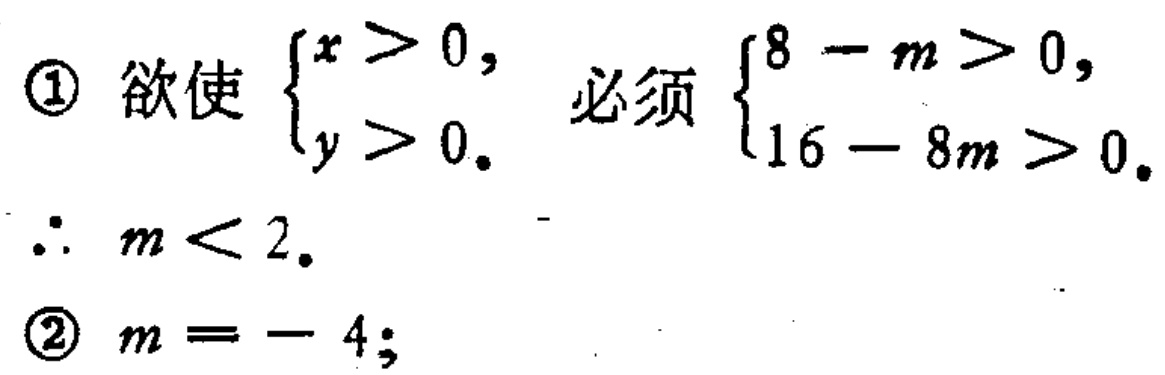
\textcircled{1} 欲使 $\begin{cases}x > 0,\\y > 0.\end{cases}$ 必须 $\begin{cases}8 - m > 0,\\16 - 8m > 0.\end{cases}$
$\therefore m < 2.$
\textcircled{2} $m = - 4;$